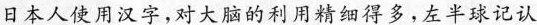
日本人使用汉对大脑的利用精细想多，左半球记认字音字义。右半记认